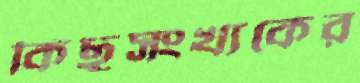
কিছুসংখ্যকের